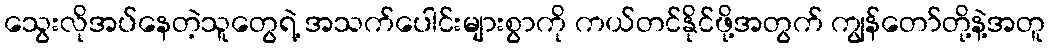
သွေးလိုအပ်နေတဲ့သူတွေရဲ့ အသက်ပေါင်းများစွာကို ကယ်တင်နိုင်ဖို့အတွက် ကျွန်တော်တို့နဲ့အတူ